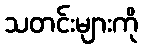
သတင်းများကို